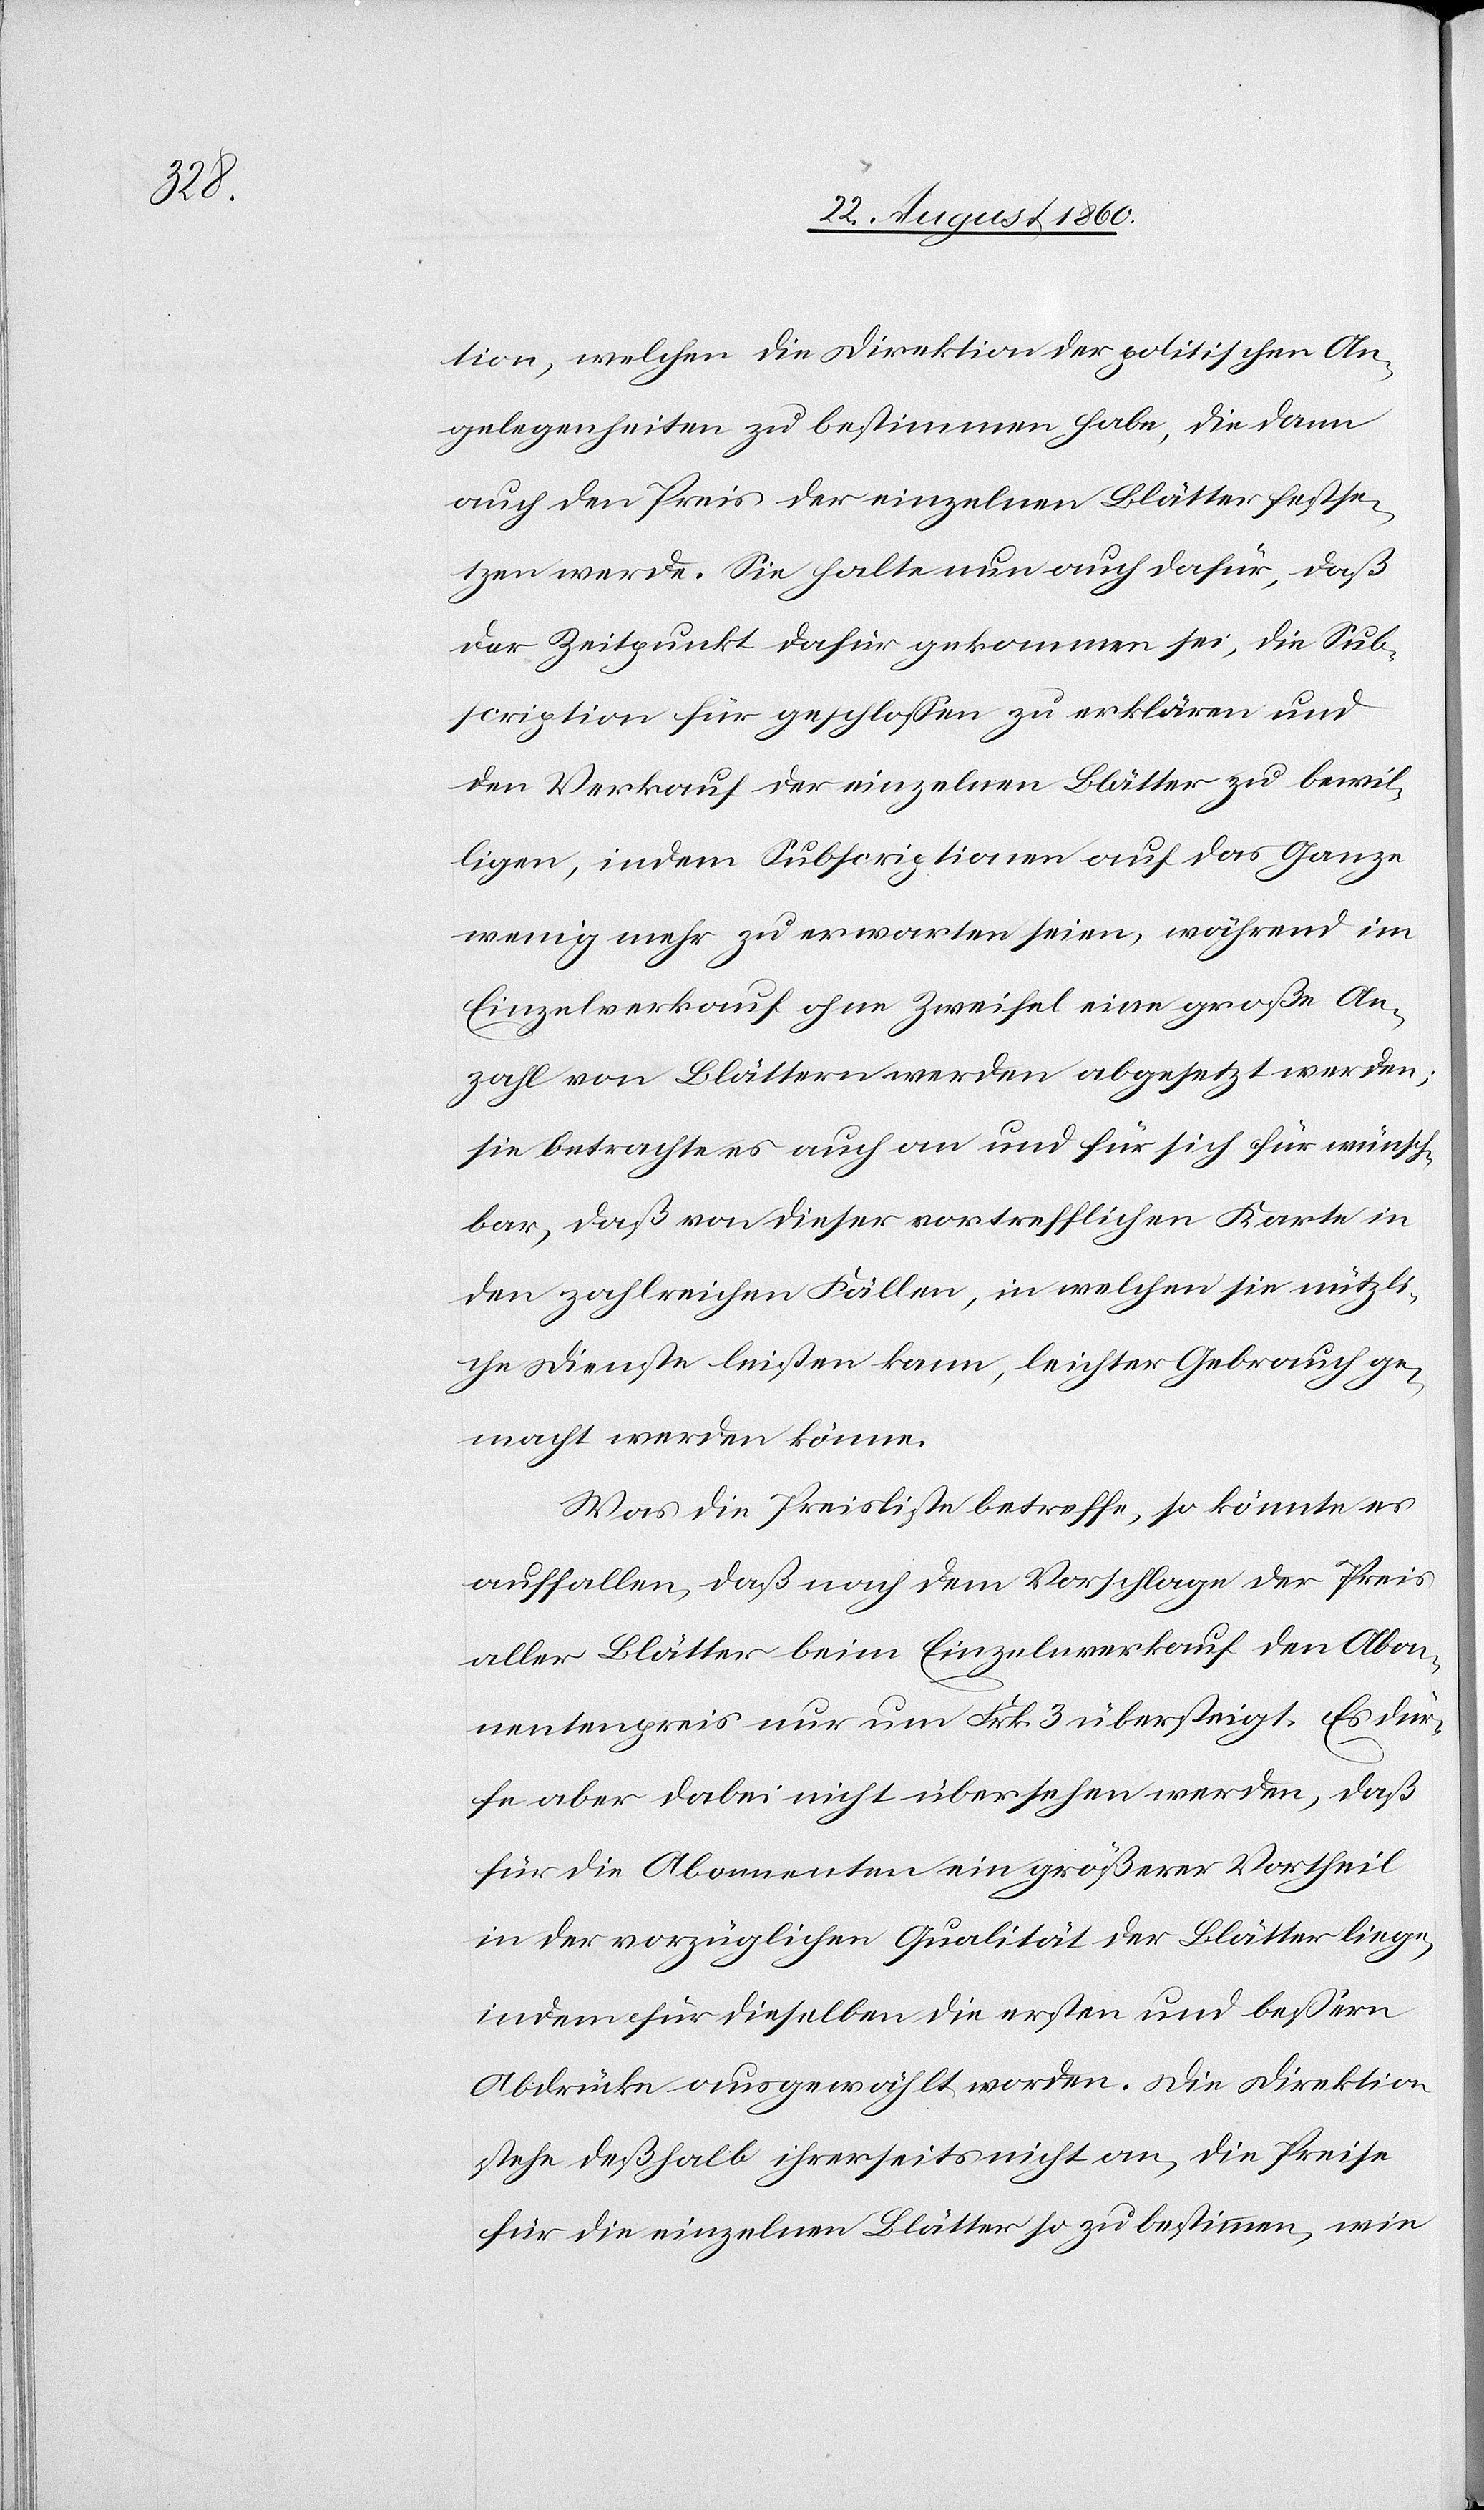
diess

tion, welchen die Direktion der politischen An¬
gelegenheiten zu bestimmen habe, die dann
auch den Preis der einzelnen Blätter festse¬
tzen werde. Sie halte nun auch dafür, dass
der Zeitpunkt dafür gekommen sei, die Sub¬
scription für geschlossen zu erklären und
den Verkauf der einzelnen Blätter zu bewil¬
ligen, indem Subscriptionen auf das Ganze
wenig mehr zu erwarten seien, während im
Einzelverkauf ohne Zweifel eine grosse An¬
zahl von Blättern werden abgesetzt werden;
sie betrachte es auch an und für sich für wünsch¬
bar, dass von dieser vortrefflichen Karte in
den zahlreichen Fällen, in welchen sie nützli¬
che Dienste leisten kann, leichter Gebrauch ge¬
macht werden könne.
Was die Preisliste betreffe, so könnte es
auffallen, dass nach dem Vorschlag der Preis
aller Blätter beim Einzelnverkauf den Abon¬
nentenpreis nur um fcs. 3 übersteigt. Es dür¬
fe aber dabei nicht übersehen werden, dass
für die Abonnenten ein grösserer Vortheil
in der vorzüglichen Qualität der Blätter liege,
indem für dieselben die ersten und bessern
Abdrücke ausgewählt worden. Die Direktion
stehe deshalb ihrerseits nicht an, die Preise
für die einzelnen Blätter so zu bestimmen, wie